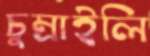
চুম্‌রাইলি